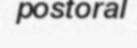
postoral